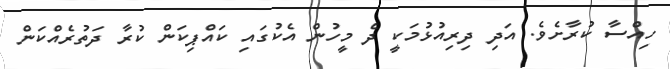
ހިއްސާ ކުރާށެވެ. އަދި ދިރިއުޅުމަކީ ދެ މީހުން އެކުގައި ކައްޕިކަން ކުރާ ދަތުރެއްކަން